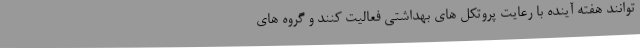
توانند هفته آینده با رعایت پروتکل های بهداشتی فعالیت کنند و گروه های